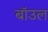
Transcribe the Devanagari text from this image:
बॉउल